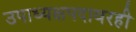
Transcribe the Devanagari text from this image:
उपाध्यक्षपदावरही